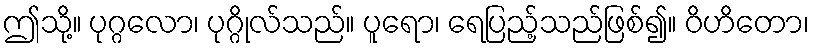
ဤသို့။ ပုဂ္ဂလော၊ ပုဂ္ဂိုလ်သည်။ ပူရော၊ ရေပြည့်သည်ဖြစ်၍။ ဝိဟိတော၊